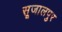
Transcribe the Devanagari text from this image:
सूजालपुर